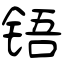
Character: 铻